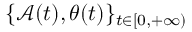
\{ \mathcal { A } ( t ) , \theta ( t ) \} _ { t \in [ 0 , + \infty ) }